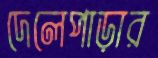
দেলেপাড়ার